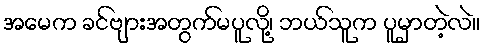
အမေက ခင်ဗျားအတွက်မပူလို့၊ ဘယ်သူက ပူမှာတဲ့လဲ။